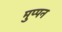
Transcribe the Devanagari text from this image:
मुप्पन